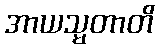
အာယသ္မတာတိ